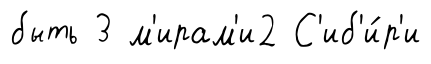
быть 3 м'ирам'и2 С'иб'и́р'и